Newspaper: Alexandria gazette. [volume]
Place of publication: Alexandria, D.C.
Publisher: Edgar Snowden
Date: 1875-04-23 00:00:00
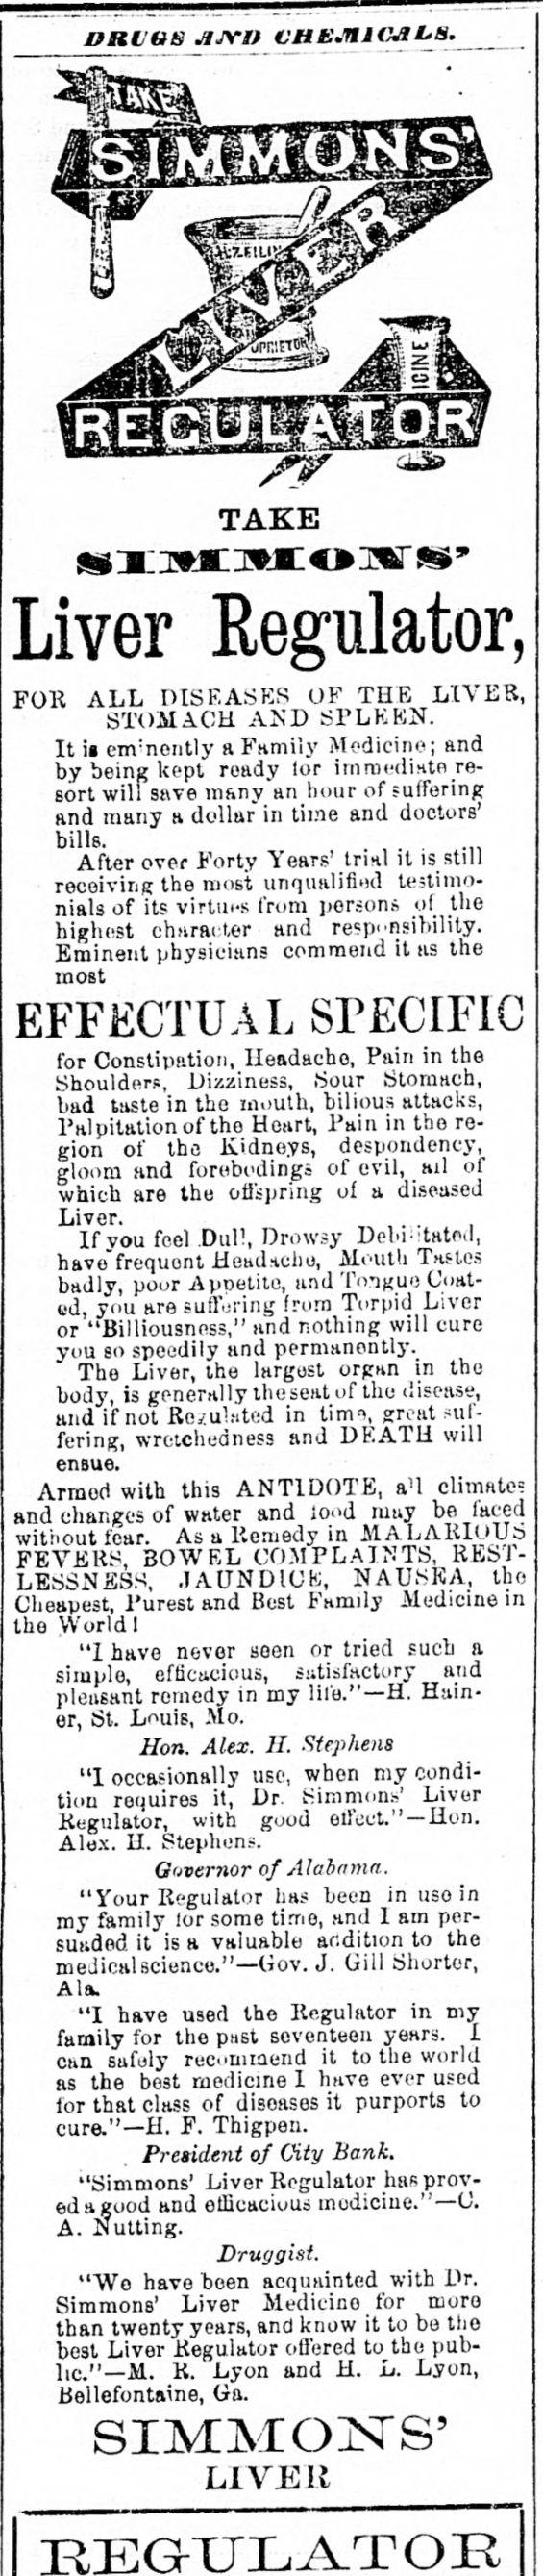
Advertisement text (OCR):
VRIG8 JVYD VHEJ111 TAKE Regulator, FOR ALL DISEASES OF THE LIVER, STOMACH AND SPLEEN. It ia enrnently a Family Medicine; and by being kept ready lor imroedinto re sort will save many an hour of suffering and many a dollar in time and doctors' bills. After over Forty Years' trial it is still receiving the most unqualified testimo nials of its virtiu-s from persons of the highest character and responsibility. Eminent physicians commend it as the most SPECIFIC for Constipation, Headache, Pain in the Shoulders, Dizziness, Sour Stomach, bad taste in the mouth, bilious attacks, Palpitation of tho Heart, Pain in the re gion of the Kidneys, despondency, gloom and forebodings of evil, ail of which are the offspring of a diseased Liver. If you feel Dull, Drowsy Debi'tatod, have frequent Headricho, Mouth Tastes badly, poor Appetite, and Tongue Coat ed, you are suffering from Torpid Liver or "Billiousness," and nothing will cure yuu so speedily and permanontlj'. The Liver, the largest organ in the body, is generally the seat of the disease, and if not Regulated in tinm, great suf fering, wretchedness and DEATH will ensue. Armed with this ANTIDOTE, aU climate? and changes of water and food may be faced without fear. As a Remedy in MALARIOUS FEVERS, BOWEL COMPLAINTS, REST LESSNESS, JAUNDICE, NAUSEA, the Cheapest, Purest and Best Family Medicine in the YVorldl "I have never seen or tried such a simple, efficacious, satisfactory and pleasant remedy in my life."?H. Hain er, St. L^uis, Mo. Hon. Alex. II. Stephens "1 occasionally use, when my condi tion requires it, Dr Simmons' Liver Regulator, with good effect."? Hon. Alex. H. Stephens. Governor of Alabama. "Your Regulator has been in uso in my family lor some time, and 1 am per suaded it is a valuable addition to the medical science."?Gov. J. Gill Shorter, Ala. "I have used tho Regulator in my family for the pnsl seventeen years. I can safely recommend it to the world as the best medicine 1 have ever used for that class of disoases it purports to cure."?H. F. Thigpen. President of City Bank. "Simmons' Liver Regulator has prov ed a good and etlicaciuus medicine."?C. A. Nutting. Druggist. "Wo have been acquainted with Dr. Simmons' Liver Medicino for more than twenty years, and know it to be the best Liver Regulator offered to the pub lic."?M. R. Lyon and H. L. Lyon, Bellefontaine, Ga. SIMMONS' LIVER
Label: illustrations